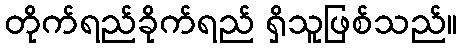
တိုက်ရည်ခိုက်ရည် ရှိသူဖြစ်သည်။